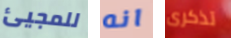
للمجيئ انه تذكرى